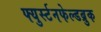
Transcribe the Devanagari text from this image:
फ्युर्स्टनफेल्डब्रुक